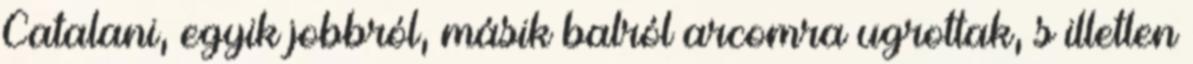
Catalani, egyik jobbról, másik balról arcomra ugrottak, s illetlen